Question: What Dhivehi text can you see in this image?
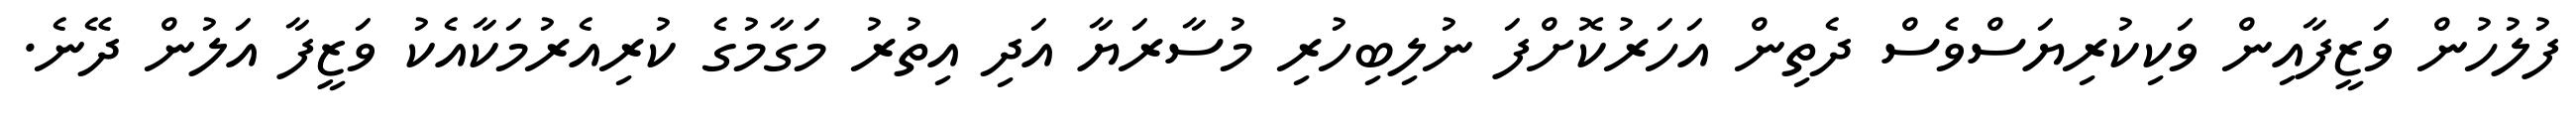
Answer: ފުލުހުން ވަޒީފާއިން ވަކިކުރިޔަސްވެސް ދެތިން އަހަރުކޮށްފަ ނުލިބިހުރި މުސާރަޔާ އަދި އިތުރު މަގާމުގެ ކުރިއެރުމަކާއެކު ވަޒީފާ އަލުން ދޭނެ.